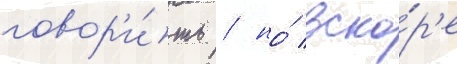
говор'и́ть / но́ вско́р'е